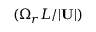
( \Omega _ { r } L / | \mathbf { U } | )